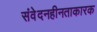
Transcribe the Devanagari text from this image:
संवेदनहीनताकारक